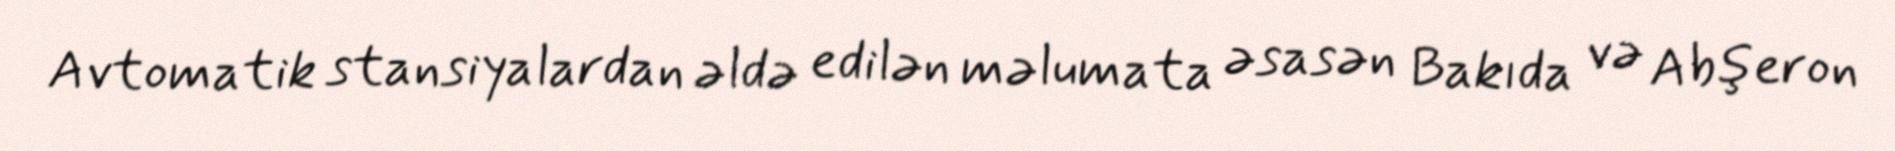
Avtomatik stansiyalardan əldə edilən məlumata əsasən Bakıda və Abşeron